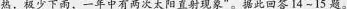
热，极少下雨，一年中有两次太阳直射现象”。据此回答14~15题。